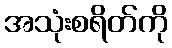
အသုံးစရိတ်ကို